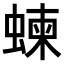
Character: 𧍴